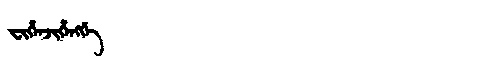
Manchu: ᠸᡳᡥᡝᠨᠵᡳᡥᡝᠩᡤᡝ
Romanization: FIHENJIHENGGE